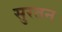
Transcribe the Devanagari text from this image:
सुरतन